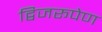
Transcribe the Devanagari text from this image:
द्विजरूपेण